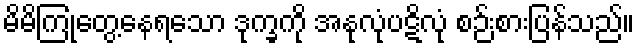
မိမိကြုံတွေ့နေရသော ဒုက္ခကို အနုလုံပဋိလုံ စဉ်းစားပြန်သည်။